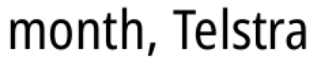
month, Telstra